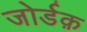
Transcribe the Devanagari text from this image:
जोर्डक़